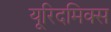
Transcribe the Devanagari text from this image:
यूरिदमिक्स